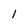
Character: 1